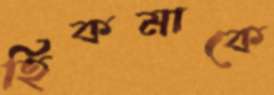
হিকমাকে